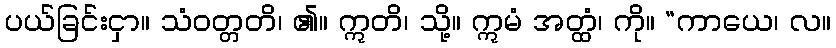
ပယ်ခြင်းငှာ။ သံဝတ္တတိ၊ ၏။ ဣတိ၊ သို့။ ဣမံ အတ္ထံ၊ ကို။ “ကာယေ၊ လ။